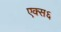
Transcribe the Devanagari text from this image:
एक्स६